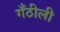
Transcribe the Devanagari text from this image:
गँठीली